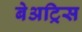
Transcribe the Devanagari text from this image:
बेअट्रिस